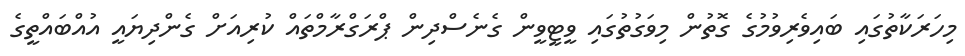
މިހަރަކާތުގައި ބައިވެރިވުމުގެ ގޮތުން މިވަގުތުގައި ވީޓީވީން ގެނެސްދިން ޕްރަގްރާމްތައް ކުރިއަށް ގެންދިޔައީ އުއްބައްތީގެ